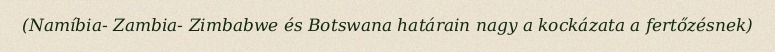
(Namíbia- Zambia- Zimbabwe és Botswana határain nagy a kockázata a fertőzésnek)